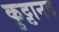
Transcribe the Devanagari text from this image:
कुट्टानद